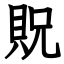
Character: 貺